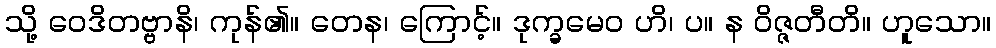
သို့ ဝေဒိတဗ္ဗာနိ၊ ကုန်၏။ တေန၊ ကြောင့်။ ဒုက္ခမေဝ ဟိ၊ ပ။ န ဝိဇ္ဇတီတိ။ ဟူသော။